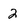
Character: 2